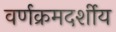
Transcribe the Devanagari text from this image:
वर्णक्रमदर्शीय